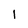
Character: 1